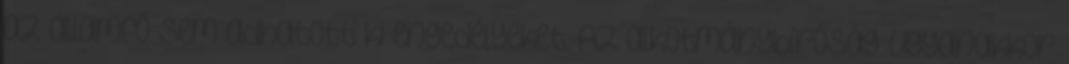
az államfő sem adhatott ki engedélyeket. Az alkotmánybíróság ugyanakkor